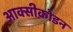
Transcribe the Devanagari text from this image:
आक्सीकोडन